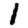
Digit: 1